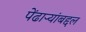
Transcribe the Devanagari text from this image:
पेंढाऱ्यांबद्दल